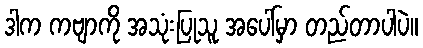
ဒါက ကဗျာကို အသုံးပြုသူ အပေါ်မှာ တည်တာပါပဲ။